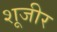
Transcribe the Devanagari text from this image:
शूजीर